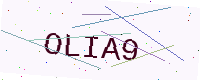
Text: OLIA9